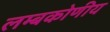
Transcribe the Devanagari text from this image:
लम्बकोणीय